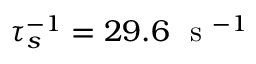
\tau _ { s } ^ { - 1 } = 2 9 . 6 ~ \mathrm { ~ s ~ } ^ { - 1 }